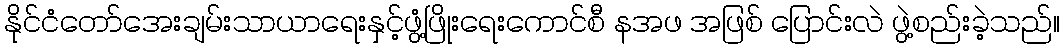
နိုင်ငံတော်အေးချမ်းသာယာရေးနှင့်ဖွံ့ဖြိုးရေးကောင်စီ နအဖ အဖြစ် ပြောင်းလဲ ဖွဲ့စည်းခဲ့သည်။